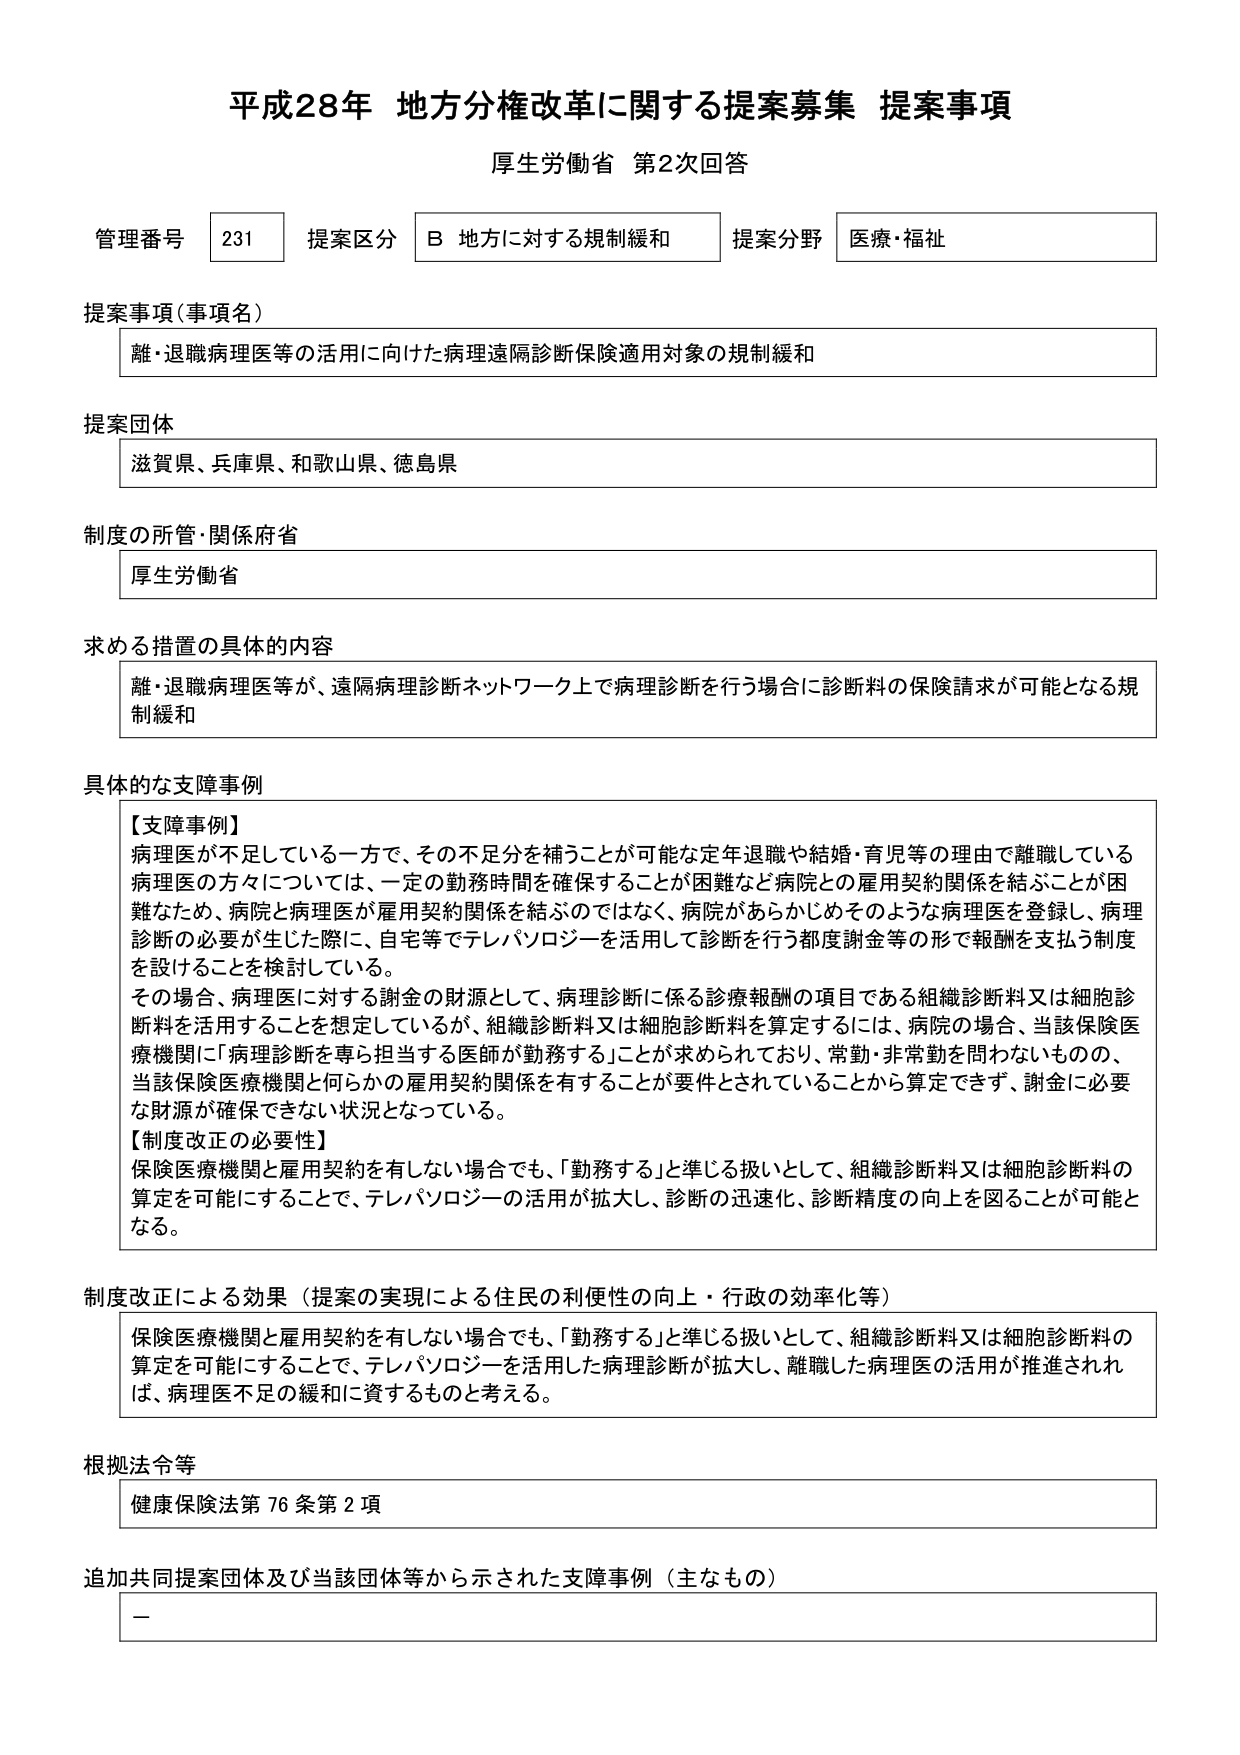
平成28年 地方分権改革に関する提案募集 提案事項
厚生労働省 第2次回答

管理番号 231 提案区分 B 地方に対する規制緩和 提案分野 医療・福祉

提案事項（事項名）
離・退職病理医等の活用に向けた病理遠隔診断保険適用対象の規制緩和

提案団体
滋賀県、兵庫県、和歌山県、徳島県

制度の所管・関係府省
厚生労働省

求める措置の具体的な内容
離・退職病理医等が、遠隔病理診断ネットワーク上で病理診断を行う場合に診断料の保険請求が可能となる規制緩和

具体的な支障事例
【支障事例】
病理医が不足している一方で、その不足分を補うことが可能な定年退職や結婚・育児等の理由で離職している病理医の方々については、一定の勤務時間を確保することが困難など病院との雇用契約関係を結ぶことが困難なため、病院と病理医が雇用契約関係を結ぶのではなく、病院があらかじめそのような病理医を登録し、病理診断の必要が生じた際に、自宅等でテレパソロジーを活用して診断を行う都度謝金等の形で報酬を支払う制度を設けることを検討している。
その場合、病理医に対する謝金の財源として、病理診断に係る診療報酬の項目である組織診断料又は細胞診断料を活用することを想定しているが、組織診断料又は細胞診断料を算定するには、病院の場合、当該保険医療機関に「病理診断を専ら担当する医師が勤務する」ことが求められており、常勤・非常勤を問わないものの、当該保険医療機関と何らかの雇用契約関係を有することが要件とされていることから算定できず、謝金に必要な財源が確保できない状況となっている。
【制度改正の必要性】
保険医療機関と雇用契約を有しない場合でも、「勤務する」と準じる扱いとして、組織診断料又は細胞診断料の算定を可能にすることで、テレパソロジーの活用が拡大し、診断の迅速化、診断精度の向上を図ることが可能となる。

制度改正による効果（提案の実現による住民の利便性の向上・行政の効率化等）
保険医療機関と雇用契約を有しない場合でも、「勤務する」と準じる扱いとして、組織診断料又は細胞診断料の算定を可能にすることで、テレパソロジーを活用した病理診断が拡大し、離職した病理医の活用が推進されれば、病理医不足の緩和に資するものと考える。

根拠法令等
健康保険法第76条第2項

追加共同提案団体及び当該団体等から示された支障事例（主なもの）
－